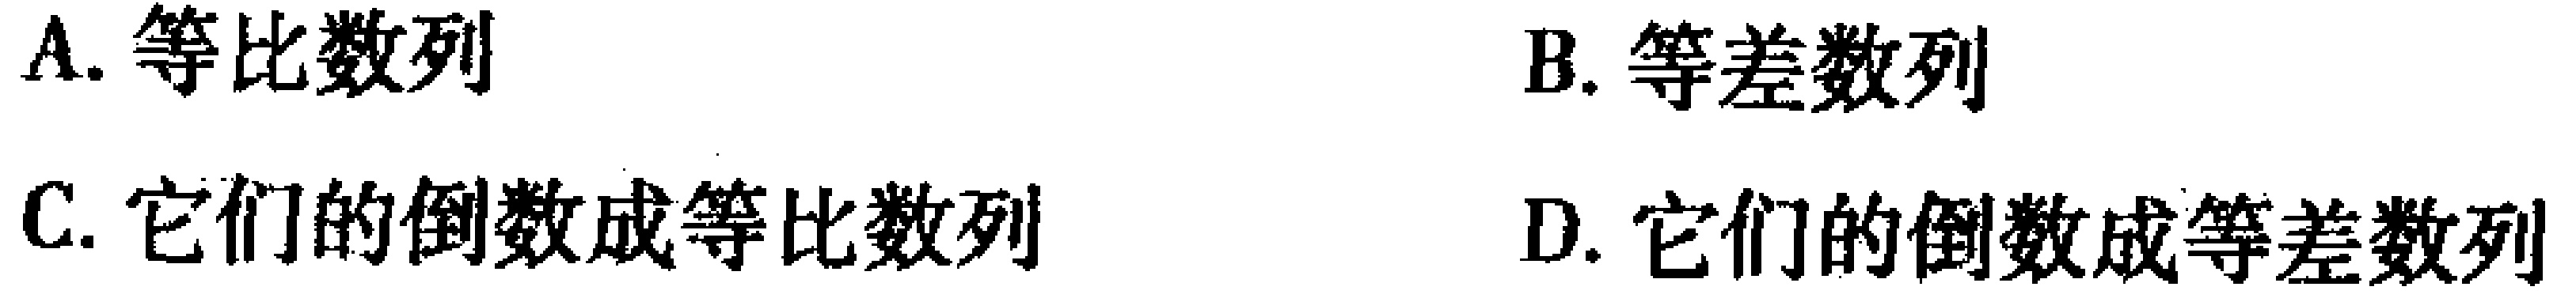
A. 等比数列

B. 等差数列

C. 它们的倒数成等比数列

D. 它们的倒数成等差数列